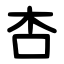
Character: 杏